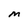
Character: M